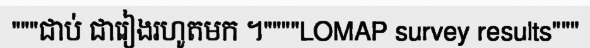
"""ជាប់ ជារៀងរហូតមក ។""""LOMAP survey results"""